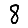
Digit: 8